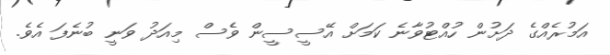
އަމުރެއްގެ ދަށުން ހުއްޓުވާނެ ކަމަށް އޭސީސީން ވެސް މިއަދު ވަނީ ބުނެފަ އެވެ.